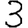
Digit: 3